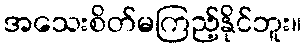
အသေးစိတ်မကြည့်နိုင်ဘူး။